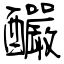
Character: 釅